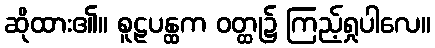
ဆိုထား၏။ စူဠပန္ထက ဝတ္ထု၌ ကြည့်ရှုပါလေ။